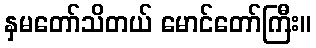
နှမတော်သိတယ် မောင်တော်ကြီး။